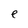
Character: e